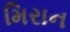
મિરાન